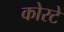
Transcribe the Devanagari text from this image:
कोरटे